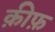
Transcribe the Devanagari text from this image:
क़ीफ़